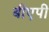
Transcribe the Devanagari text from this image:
बीएपी